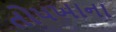
તોપખાના